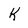
Character: k